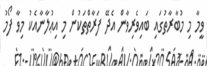
ވީމާ މި މުބާރާތުގައި ބައިވެރިވާން އެދޭ ފަރާތްތަކުން މި އިޢުލާނާއެކު މިވާ ފޯމު